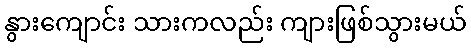
နွားကျောင်း သားကလည်း ကျားဖြစ်သွားမယ်